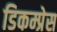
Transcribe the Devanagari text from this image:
डिकम्प्रेस